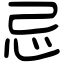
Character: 忌